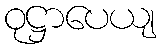
ဝုဋ္ဌာပေယျ